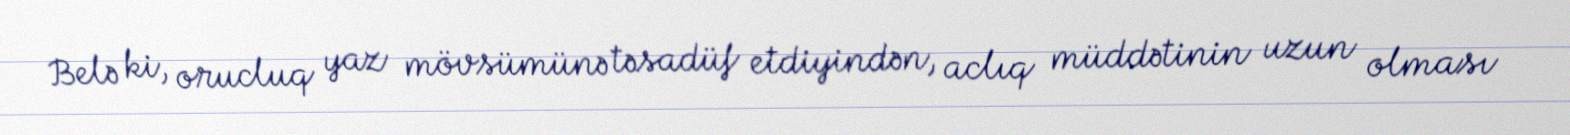
Belə ki, orucluq yaz mövsümünə təsadüf etdiyindən, aclıq müddətinin uzun olması